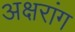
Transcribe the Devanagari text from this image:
अक्षरांग